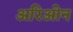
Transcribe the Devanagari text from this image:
अरिओन